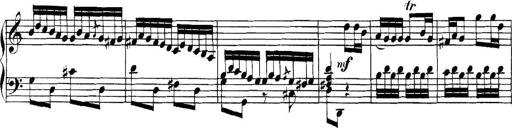
Title: Collected Piano Sonatas
Composer: Muzio Clementi